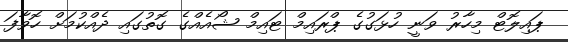
ޕައިލޮޓް މިހާރު ވަނީ ހުޅަގުގެ ޕްރައިމް ޓައިމް ޝޯއެއްގެ ގޮތުގައި ދެއްކުމަށް ހޮވާފަ